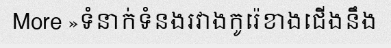
More »ទំនាក់ទំនងរវាងកូរ៉េខាងជើងនឹង